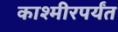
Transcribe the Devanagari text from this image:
काश्मीरपर्यंत